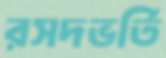
রসদভর্তি